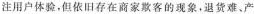
注用户体验，但依旧存在商家欺客的现象，退货难、产